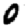
Digit: 0